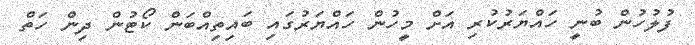
ފުލުހުން ބުނީ ހައްޔަރުކުރި އަށް މީހުން ހައްޔަރުގައި ބައިތިއްބަން ކޯޓުން ދިން ހަތް